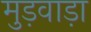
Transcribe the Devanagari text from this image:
मुड़वाड़ा